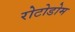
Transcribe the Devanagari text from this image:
रोटोडोम